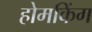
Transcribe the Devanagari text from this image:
होमकिंग